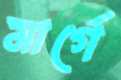
মার্গে